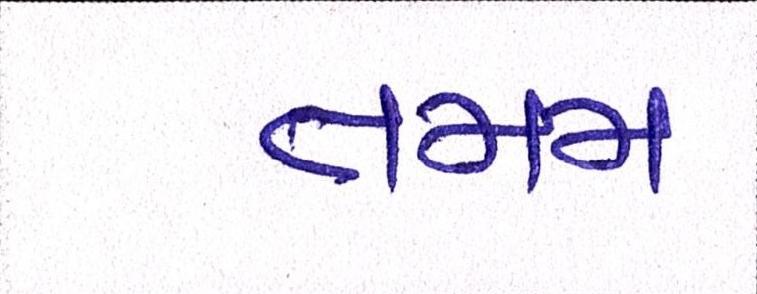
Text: તમમ